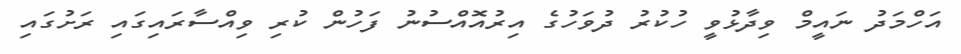
އަހްމަދު ނައީމް ވިދާޅުވީ ހުކުރު ދުވަހުގެ އިރުއޮއްސުނު ފަހުން ކުރި ވިއްސާރައިގައި ރަށުގައި